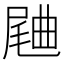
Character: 𣍁